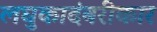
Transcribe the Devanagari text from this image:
लघुकादंबरीकार